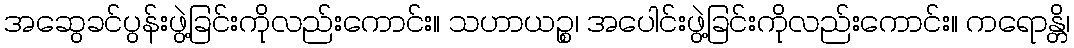
အဆွေခင်ပွန်းဖွဲ့ခြင်းကိုလည်းကောင်း။ သဟာယဉ္စ၊ အပေါင်းဖွဲ့ခြင်းကိုလည်းကောင်း။ ကရောန္တိ၊